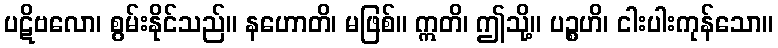
ပဋိဗလော၊ စွမ်းနိုင်သည်။ နဟောတိ၊ မဖြစ်။ ဣတိ၊ ဤသို့။ ပဉ္စဟိ၊ ငါးပါးကုန်သော။